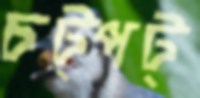
চট্‌পট্‌